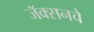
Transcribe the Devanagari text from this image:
जॅक्सनचे